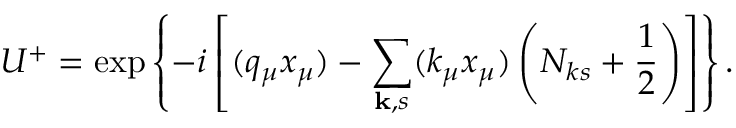
U ^ { + } = \exp \left\{ - i \left[ ( q _ { \mu } x _ { \mu } ) - \sum _ { \mathbf { k } , s } ( k _ { \mu } x _ { \mu } ) \left( N _ { k s } + \frac 1 2 \right) \right] \right\} .